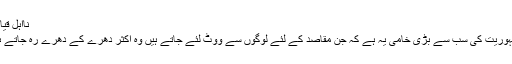
نااہل قیادت
جمہوریت کی سب سے بڑی خامی یہ ہے کہ جن مقاصد کے لئے لوگوں سے ووٹ لئے جاتے ہیں وہ اکثر دھرے کے دھرے رہ جاتے ہیں۔